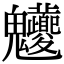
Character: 𩵊